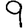
Digit: 9